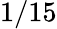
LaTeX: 1/15